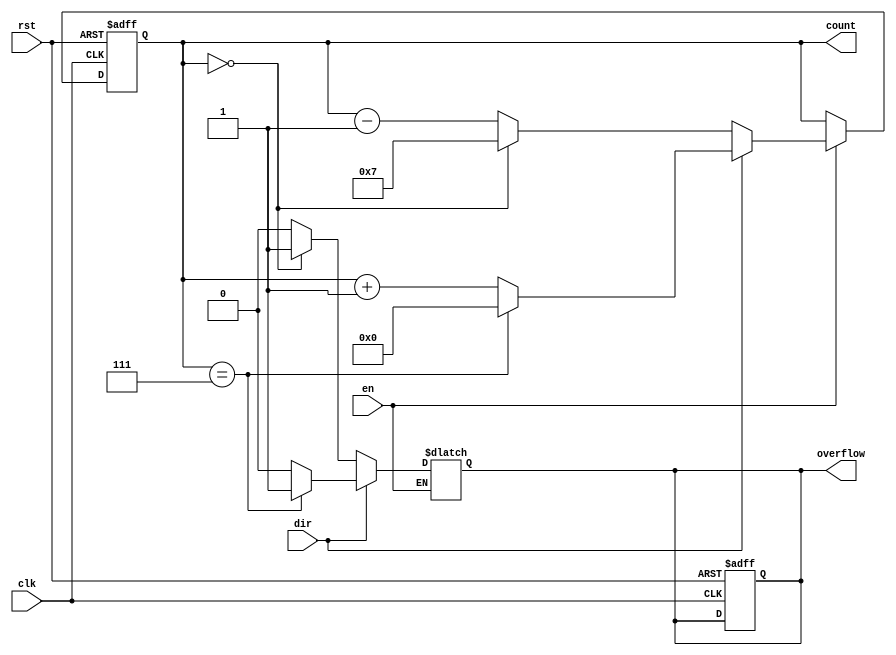
module modulus_counter #(
    parameter N = 8  // Modulus value (should be a positive integer)
)(
    input wire clk,          // Clock signal
    input wire rst,          // Reset signal (active high)
    input wire en,           // Enable signal (active high)
    input wire dir,          // Direction signal (1 for up, 0 for down)
    output reg [N-1:0] count, // Current count value
    output reg overflow      // Overflow signal
);

    // Internal signals
    reg [N-1:0] next_count;

    always @(posedge clk or posedge rst) begin
        if (rst) begin
            count <= 0;       // Reset count to 0
            overflow <= 0;    // Clear overflow
        end else if (en) begin
            count <= next_count; // Update count with next value
        end
    end

    // Combinational logic for next count value
    always @(*) begin
        if (~en) begin
            next_count = count; // Hold current value if not enabled
        end else if (dir) begin
            // Count up
            if (count == (N - 1)) begin
                next_count = 0; // Reset to 0 if reaching N
                overflow = 1;    // Set overflow signal
            end else begin
                next_count = count + 1; // Increment count
                overflow = 0; // Clear overflow
            end
        end else begin
            // Count down
            if (count == 0) begin
                next_count = N - 1; // Wrap around to N-1
                overflow = 1; // Set overflow signal
            end else begin
                next_count = count - 1; // Decrement count
                overflow = 0; // Clear overflow
            end
        end
    end
endmodule